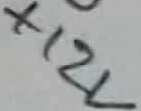
Text: +12V